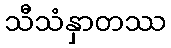
သီသံနှာတဿ